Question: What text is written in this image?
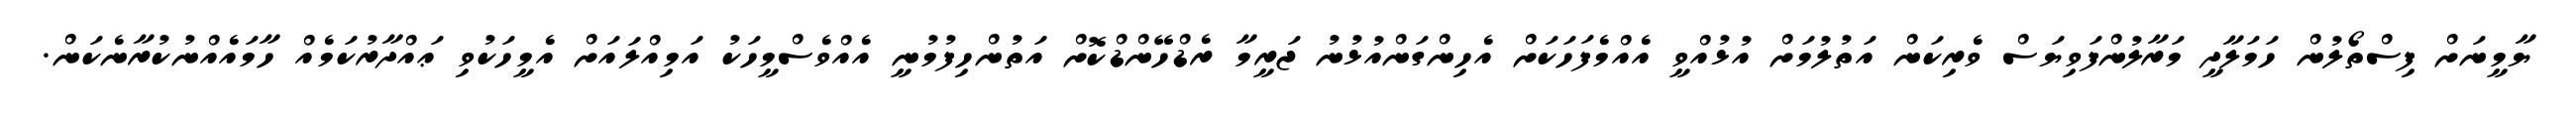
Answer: ޔާމީނަށް ފިސްތޯލުން ހަމަލާދީ މަރާލުންފަވިޔަސް ވެރިކަން އަތުލުމަށް އުޅުއްވީ އެއްމެފަހަކަށް އެހިންގަންއުޅުނު ޖަރީމާ ރެޑްހޭންޑްކޮށް އަތުންހިފުމުނީ އެއްވެސްމީހަކު އަމިއްލައަށް އެމީހަކުވި ޢައްދާރުކަމެއް ހާމައެއްނުކުރާނެކަން.